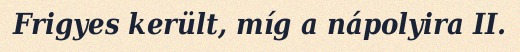
Frigyes került, míg a nápolyira II.